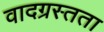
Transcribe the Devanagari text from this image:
वादग्रस्तता